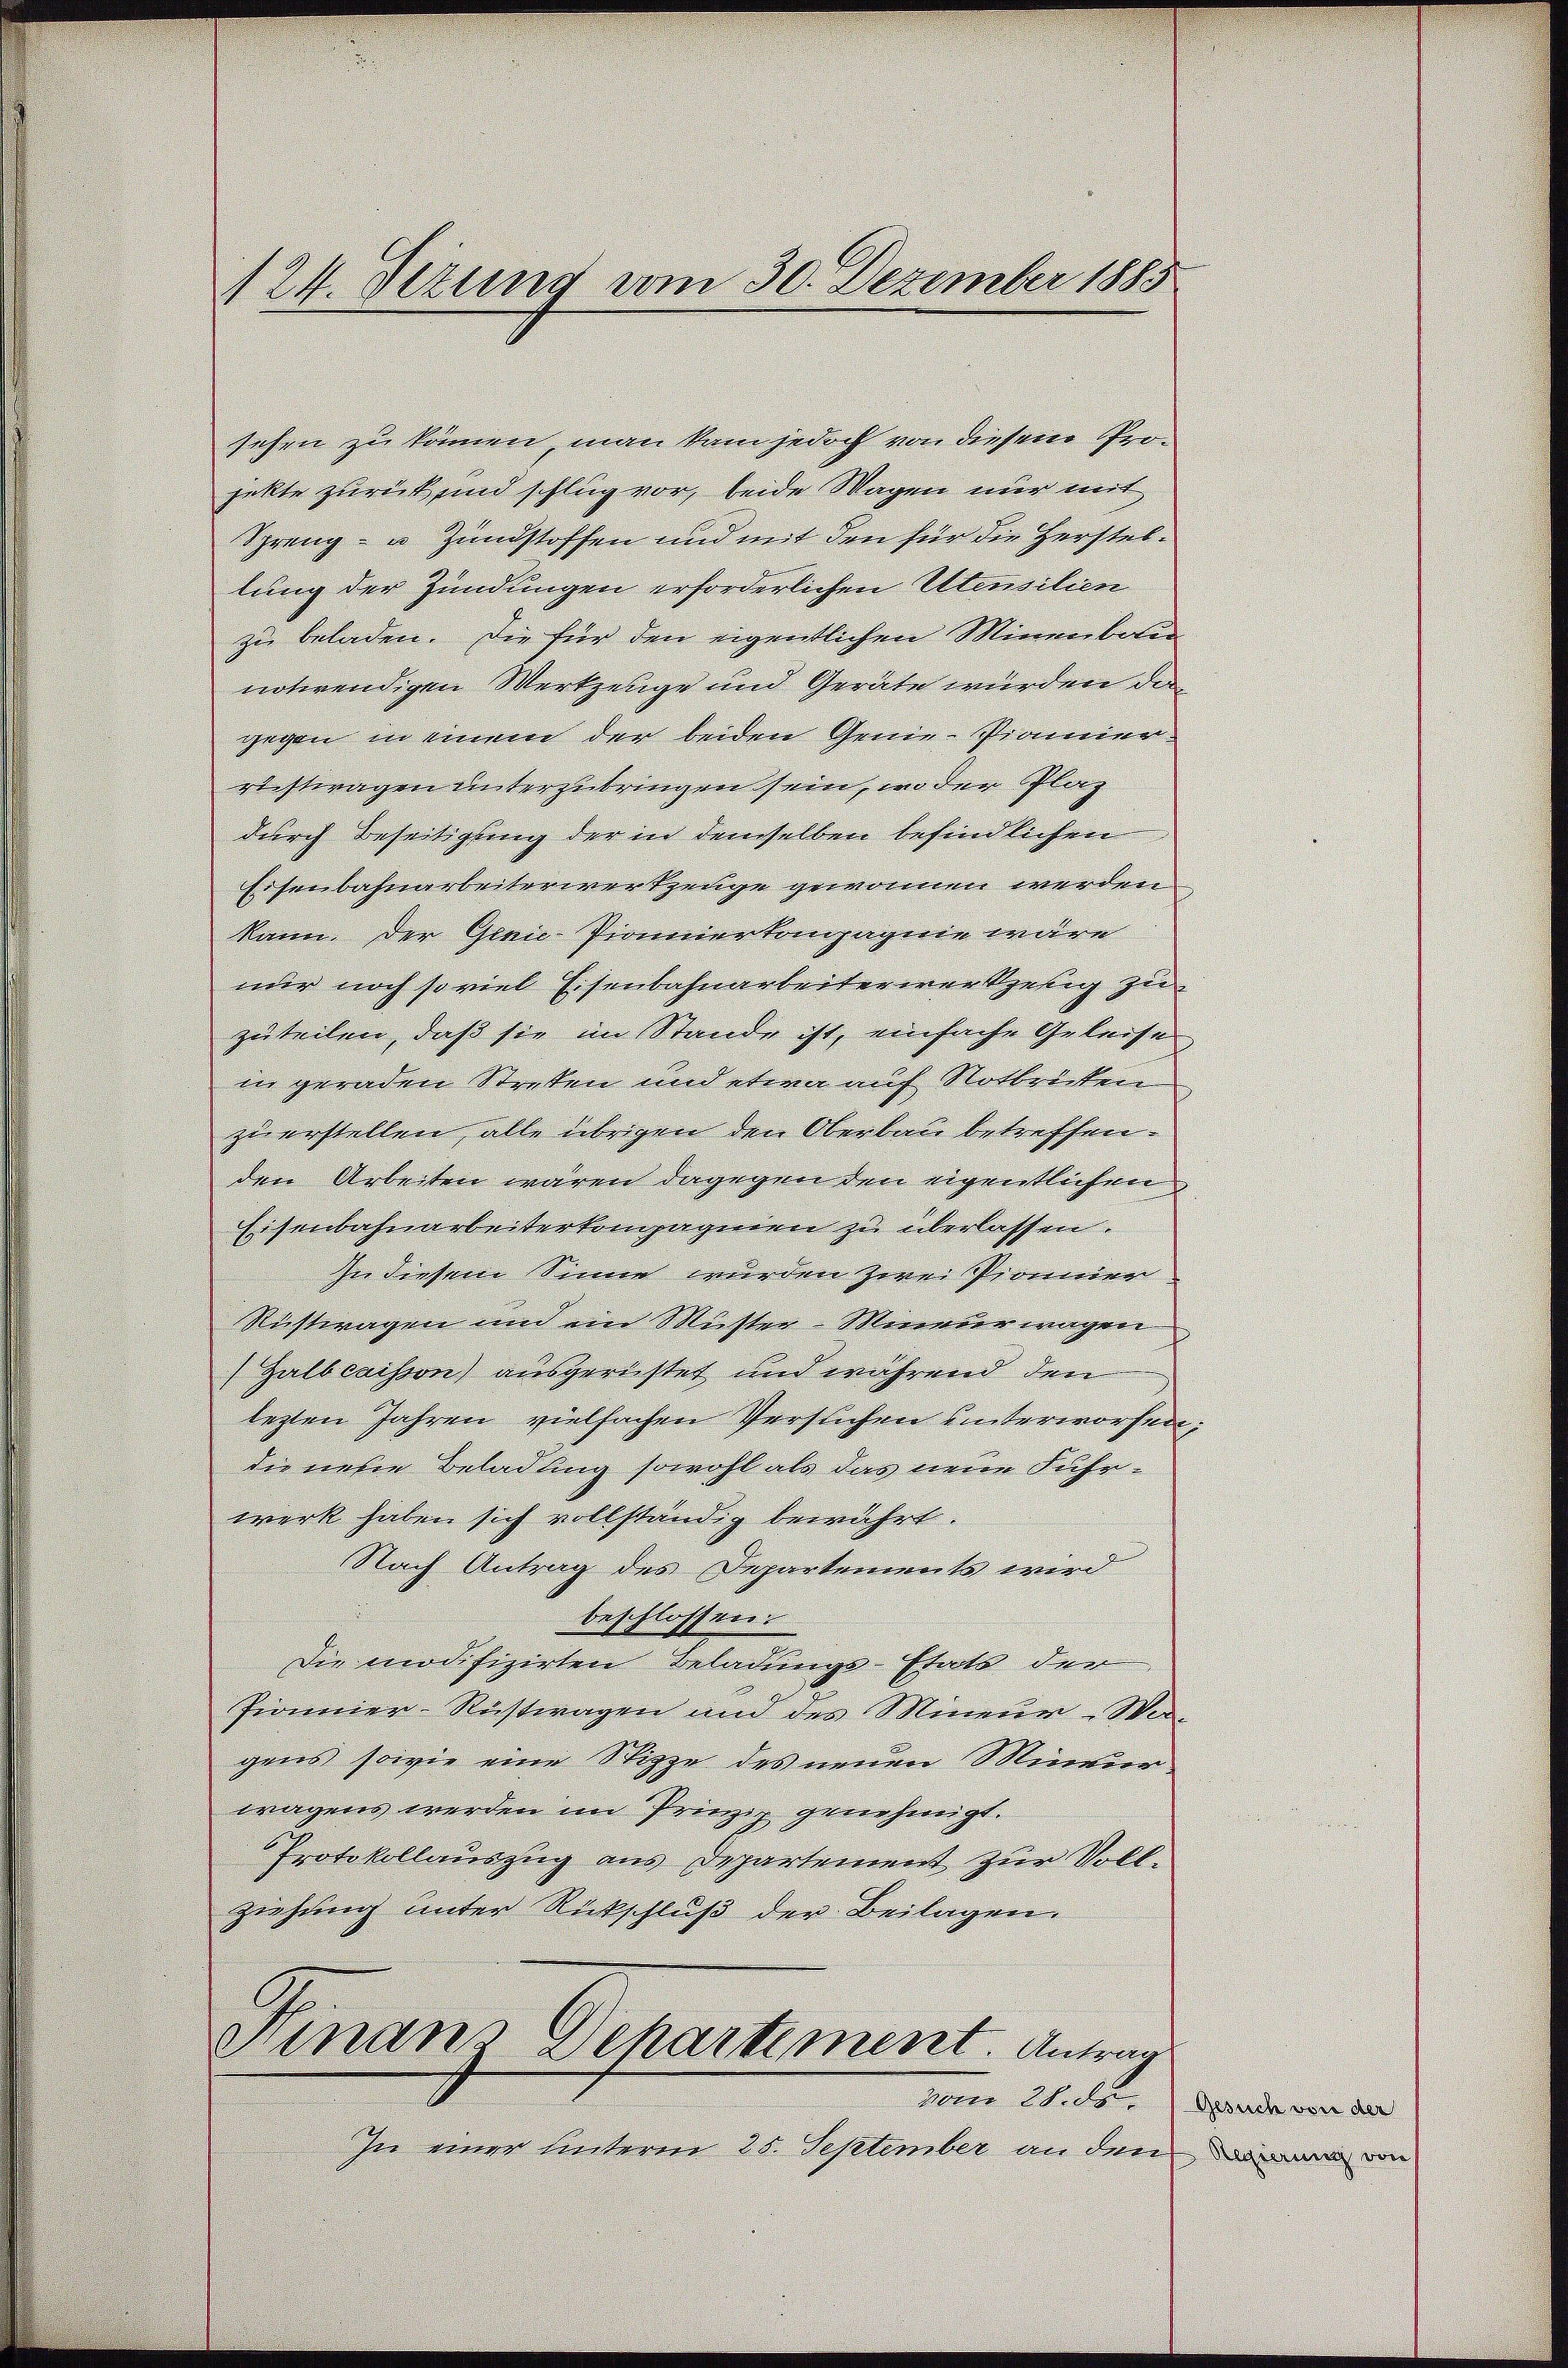
124. Dezung vom 30. Dezember 1885

sehen zu können, man kam jedoch von diesem Projekte zurück und schlug vor, beide Wagen nur mit
Spreng - u. Zundstoffen und mit den für die Herstellung der Zündungen erforderlichen Utensilien
zu beladen. Die für den eigentlichen Minenboter
notwendigen Werkzeuge und Geräte wurden da
gegen in einem der beiden Genie-Pannen.
richtwagen unterzubringen sein, in der Plaz
durch Beseitigung der in demselben befindlichen
Eisenbahnarbeiterwerkzeuge gewonnen werden
kann. Der Genic-Pionierkompagnie wäre
nur noch so viel Eisenbahnarbeiterwerketig zu
zuteilen, daß sie im Stande ist, einfache Geleise
in geraden Streken und etwa auf Nottricken
zu erstellen, alle übrigen den Oberbau betreffen.
den Arbeiten wären dagegen den eigentlichen
Eisenbahnarbeiterkompagnien zu überlassen.
In diesem Sinne wurden zwei Pionier
Richtwagen und ein Muster - Miner wagen
Zalbcaisson) ausgerichtet und während den
lezten Jahren vielfachen Versuchen unterworfen
die neue Beladung sowohl als das neue Fuhrwerk haben sich vollständig bewährt.
Nach Antrag des Departements wird
beschlossen:
Die modifizirten Beladungs-Etats der
Pronnien-Rüstwagen und des Mineur-War-
gens sowie eine Stippe des neuen Mineur.
wagens werden im Prinzip genehmigt.
Protokollauszug aus Departement zur Voll-
ziehung unter Rückschluß der Beilagen.
Hinaus Departiment. Antrag
vom 28. de
In einer Unterm 28. September an den

e

Gesuch von der
Regierung von